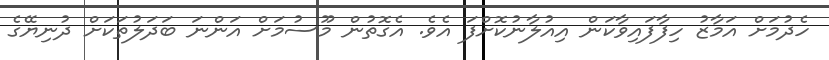
ހެދުމަށް އަމާޒު ހިފާފައިވާކަން އިއުލާނުކޮށްފަ އެވެ. އެގޮތުން މޫސުމަށް އަންނަ ބަދަލުތަކަށް ދުނިޔޭގެ